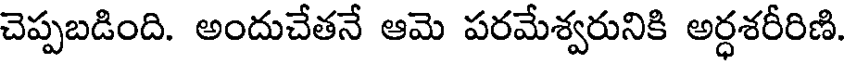
చెప్పబడింది. అందుచేతనే ఆమె పరమేశ్వరునికి అర్ధశరీరిణి.